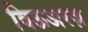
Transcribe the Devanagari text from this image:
विऊअरज़